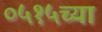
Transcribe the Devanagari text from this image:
०५१५च्या